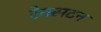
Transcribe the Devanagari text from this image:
रेक्सटन